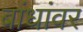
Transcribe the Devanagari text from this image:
बांधांवर